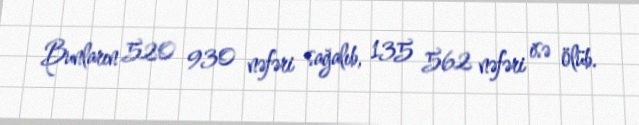
Bunların 520 930 nəfəri sağalıb, 135 562 nəfəri isə ölüb.